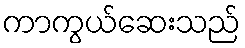
ကာကွယ်ဆေးသည်